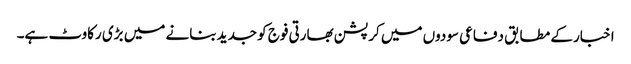
اخبار کے مطابق دفاعی سودوں میں کرپشن بھارتی فوج کو جدید بنانے میں بڑی رکاوٹ ہے۔